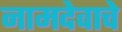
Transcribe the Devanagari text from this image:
नामदेवाचे